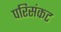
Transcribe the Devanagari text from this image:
परिसंकट